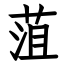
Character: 菹